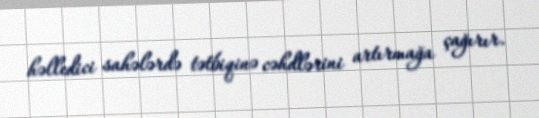
həlledici sahələrdə tətbiqinə cəhdlərini artırmağa çağırır.